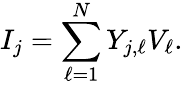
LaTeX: I_{j}=\sum_{\ell=1}^{N}Y_{j,\ell}V_{\ell}.